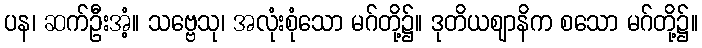
ပန၊ ဆက်ဦးအံ့။ သဗ္ဗေသု၊ အလုံးစုံသော မဂ်တို့၌။ ဒုတိယဈာနိက စသော မဂ်တို့၌။